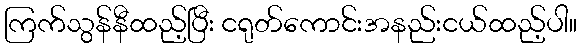
ကြက်သွန်နီထည့်ပြီး ငရုတ်ကောင်းအနည်းငယ်ထည့်ပါ။